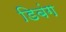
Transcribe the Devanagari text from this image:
डिबंग